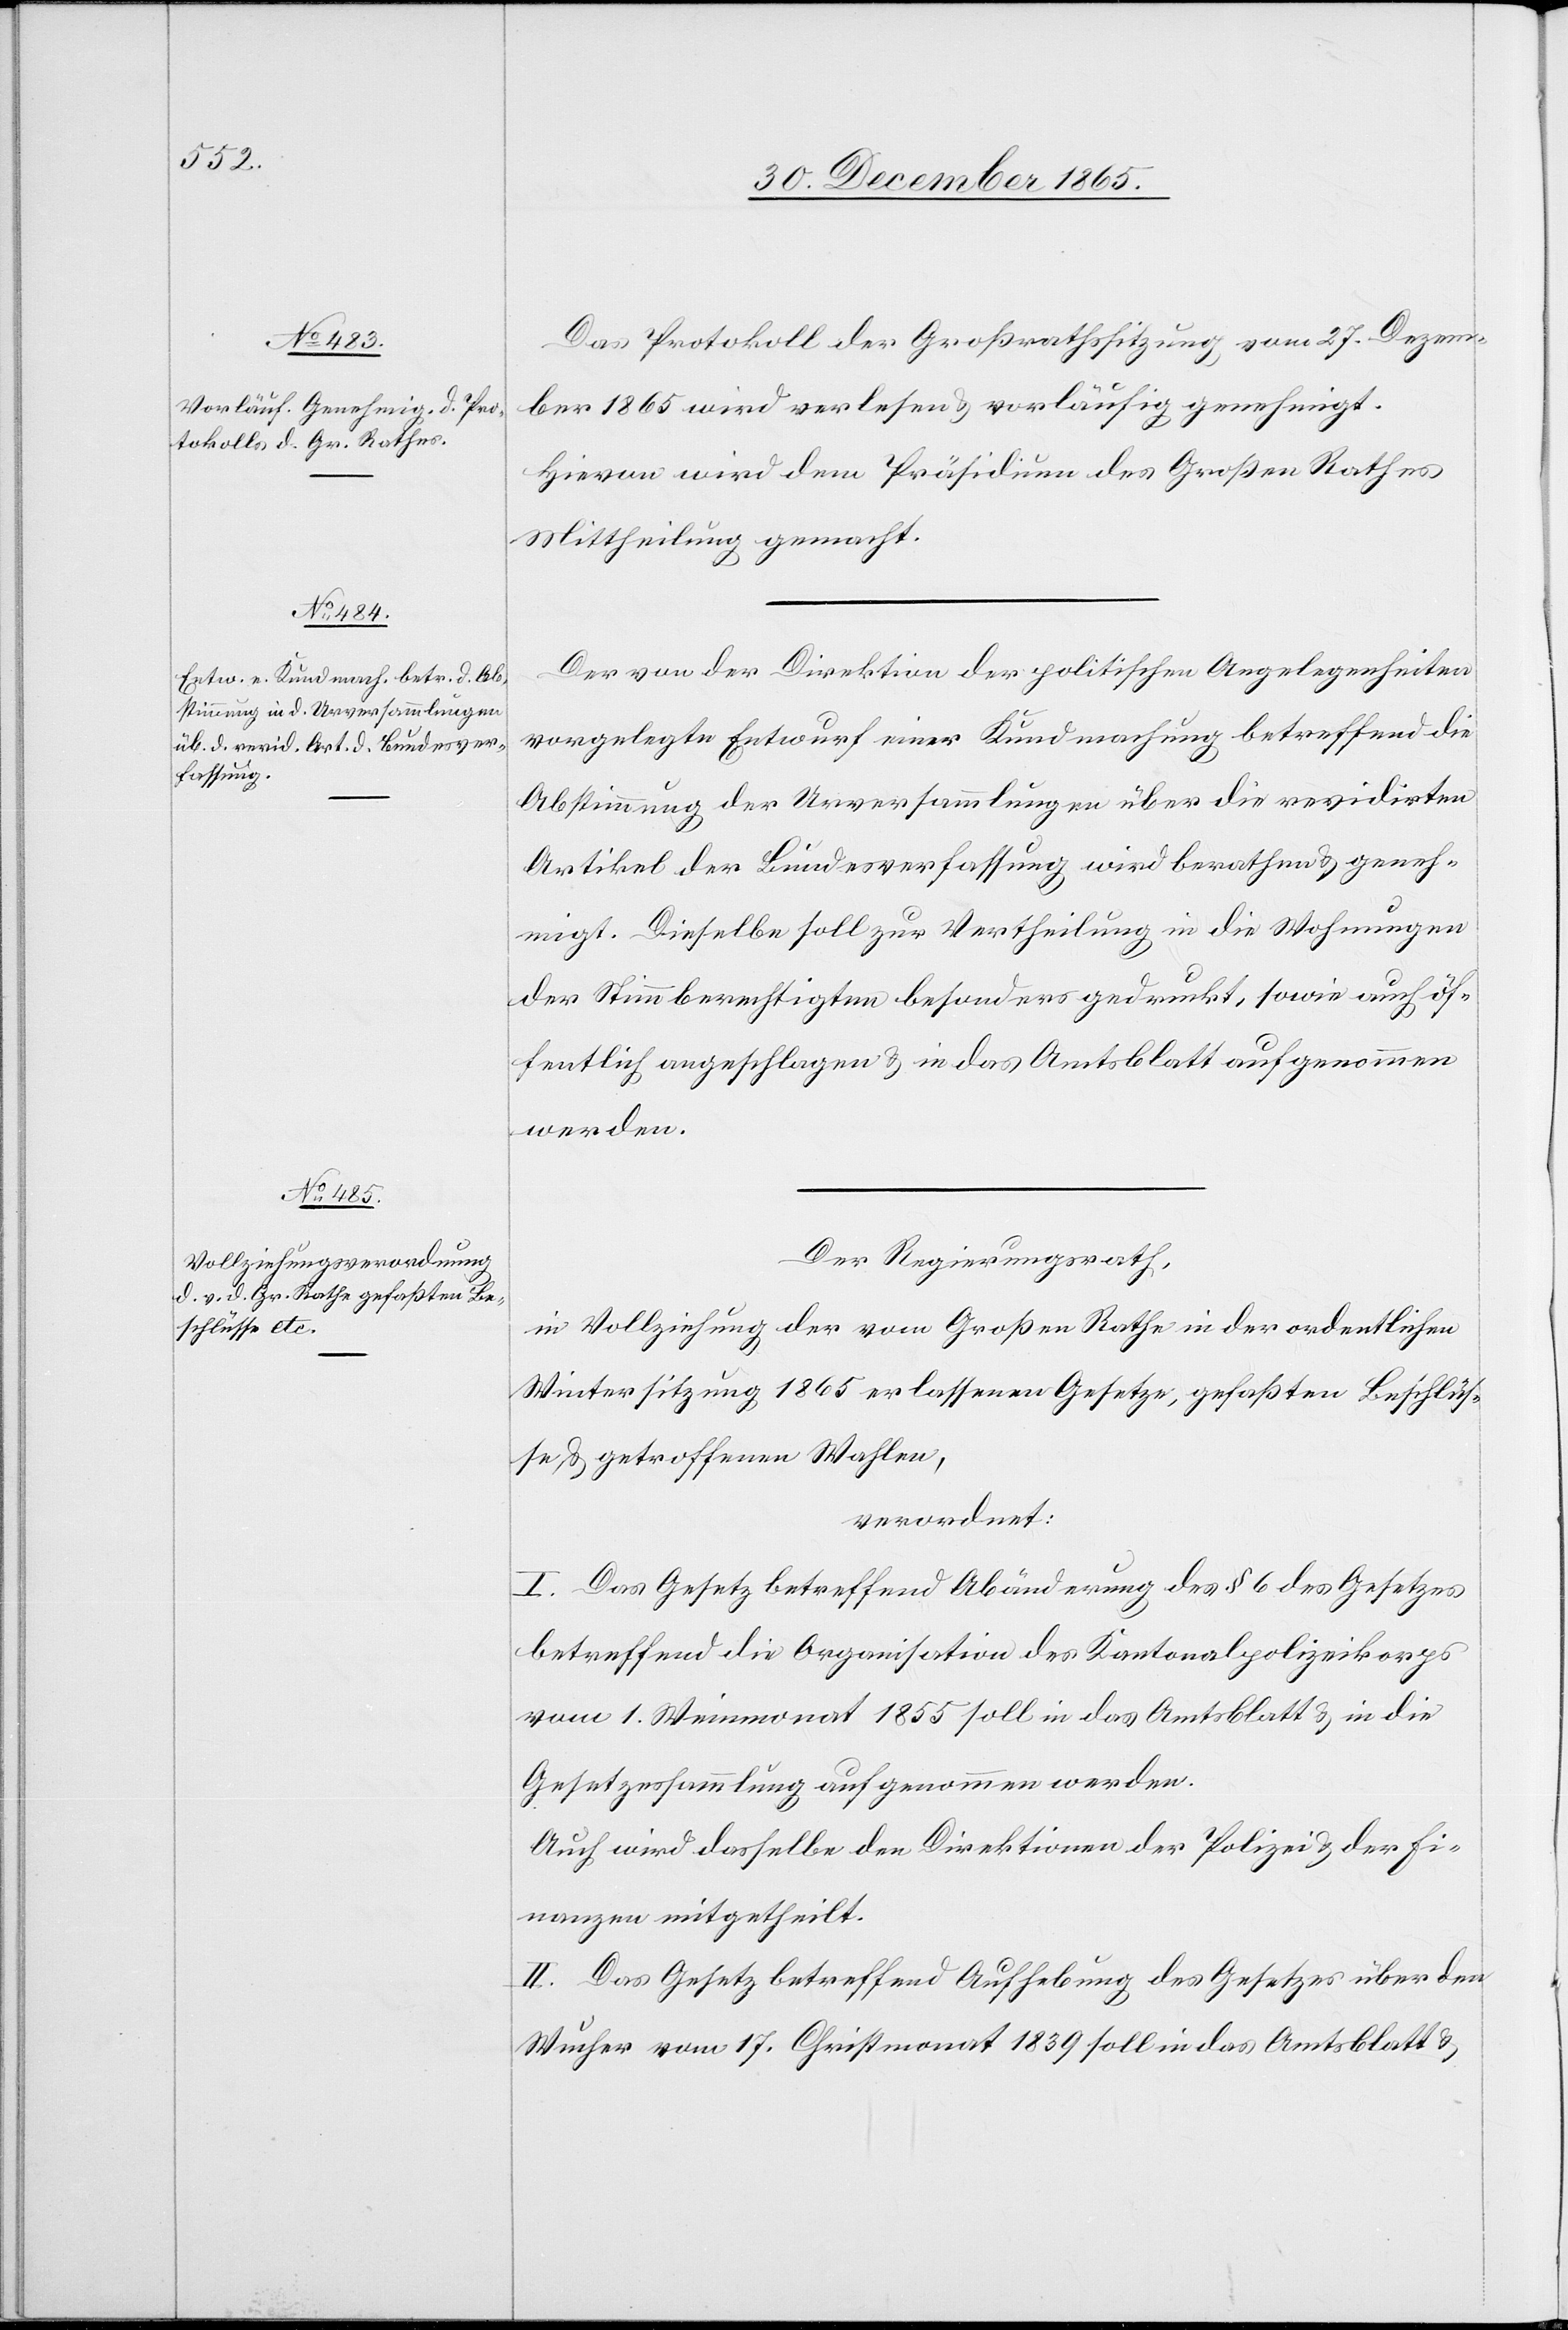
Das Protokoll der Großrathssitzung vom 27. Dezem¬
ber 1865 wird verlesen & vorläufig genehmigt.
Hievon wird dem Präsidium des Großen Rathes
Mittheilung gemacht.
Der von der Direktion der politischen Angelegenheiten
vorgelegte Entwurf einer Kundmachung betreffend die
Abstimmung der Urversammlungen über die revidirten
Artikel der Bundesverfassung wird berathen & geneh¬
migt. Dieselbe soll zur Vertheilung in die Wohnungen
der Stimmberechtigten besonders gedruckt, sowie auch öf¬
fentlich angeschlagen & in das Amtsblatt aufgenommen
werden.
Der Regierungsrath,
in Vollziehung der vom Großen Rathe in der ordentlichen
Wintersitzung 1865 erlassenen Gesetze, gefaßten Beschlüs¬
se, & getroffenen Wahlen,
verordnet:
I. Das Gesetz betreffend Abänderung des § 6 des Gesetzes
betreffend die Organisation der Kantonalpolizeikorps
vom 1. Weinmonat 1855 soll in das Amtsblatt & in die
Gesetzessammlung aufgenommen werden.
Auch wird dasselbe den Direktionen der Polizei & der Fi¬
nanzen mitgetheilt.
II. Das Gesetz betreffend Aufhebung des Gesetzes über den
Wucher vom 17. Christmonat 1839 soll in das Amtsblatt &